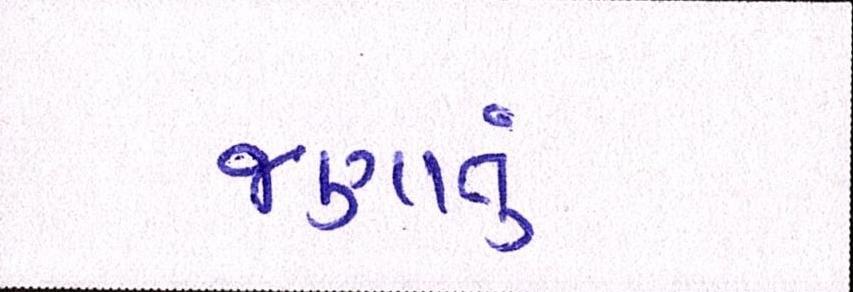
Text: જણાતું